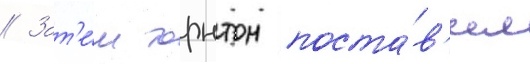
// Зат'е́м торнтон поста́в'ил